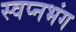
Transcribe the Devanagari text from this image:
स्वप्नभंग